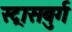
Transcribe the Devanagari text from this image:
स्ट्रासबुर्ग